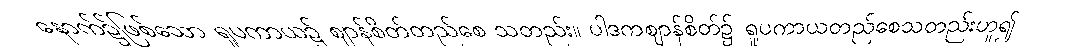
နောက်၌ဖြစ်သော ရူပကာယ၌ ဈာန်စိတ်တည်စေ သတည်း။ ပါဒကဈာန်စိတ်၌ ရူပကာယတည်စေသတည်းဟူ၍